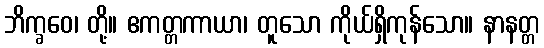
ဘိက္ခဝေ၊ တို့။ ဧကတ္တကာယာ၊ တူသော ကိုယ်ရှိကုန်သော။ နာနတ္တ